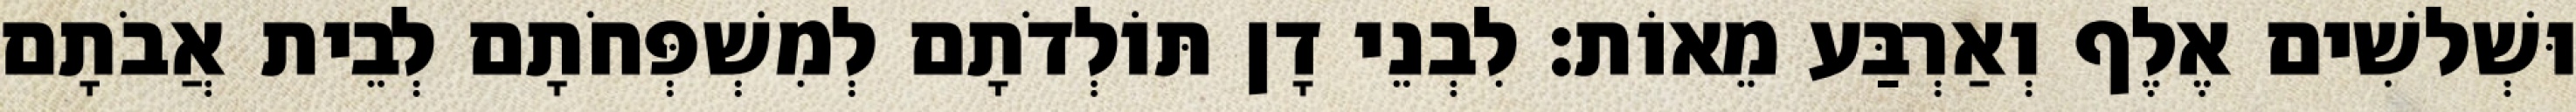
וּשְׁלשִׁים אֶלֶף וְאַרְבַּע מֵאוֹת׃ לִבְנֵי דָן תּוֹלְדֹתָם לְמִשְׁפְּחֹתָם לְבֵית אֲבֹתָם